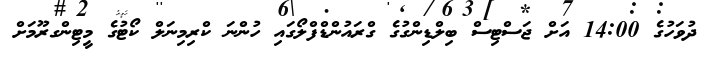
ދުވަހުގެ 14:00 އަށް ޖަސްޓިސް ބިލްޑިންގުގެ ގްރައުންޑްފްލޯގައި ހުންނަ ކްރިމިނަލް ކޯޓުގެ މީޓިންގރޫމަށް